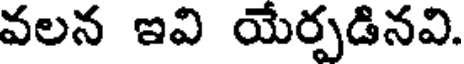
వలన ఇవి యేర్పడినవి.